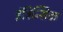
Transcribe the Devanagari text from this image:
इंट्रिन्सिक